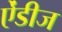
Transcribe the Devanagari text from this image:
ऐंडीज